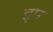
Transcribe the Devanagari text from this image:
इप